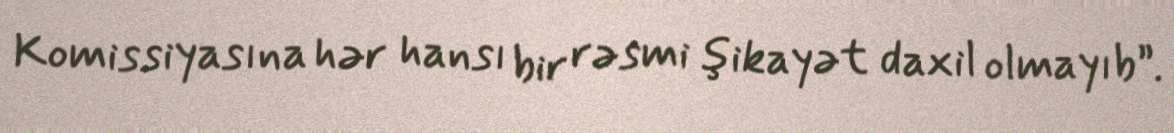
Komissiyasına hər hansı bir rəsmi şikayət daxil olmayıb”.